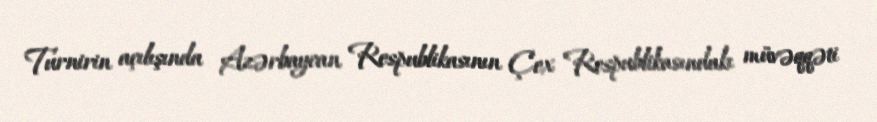
Turnirin açılışında Azərbaycan Respublikasının Çex Respublikasındakı müvəqqəti